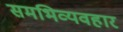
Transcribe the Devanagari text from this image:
समभिव्यवहार